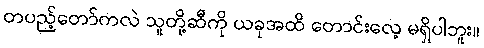
တပည့်တော်ကလဲ သူတို့ဆီကို ယခုအထိ တောင်းလေ့ မရှိပါဘူး။